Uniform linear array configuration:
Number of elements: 48
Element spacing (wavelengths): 0.5
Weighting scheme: kaiser
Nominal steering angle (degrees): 15
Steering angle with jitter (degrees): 16.42
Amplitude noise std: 0.05
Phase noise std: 0.05

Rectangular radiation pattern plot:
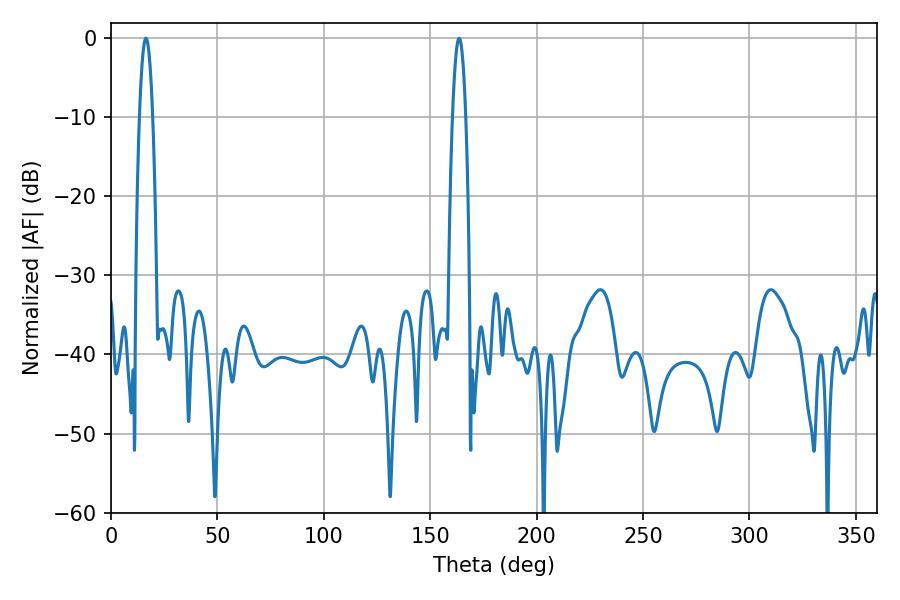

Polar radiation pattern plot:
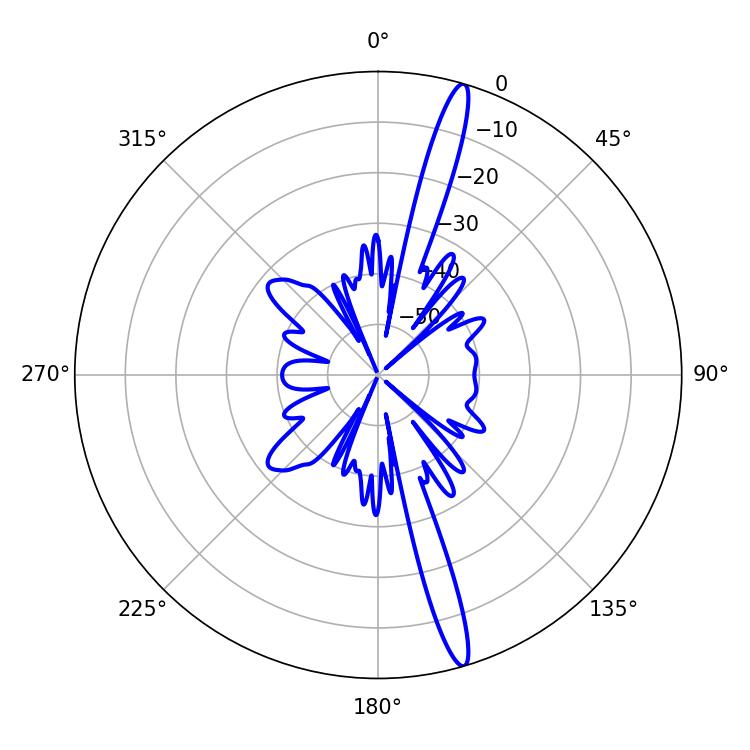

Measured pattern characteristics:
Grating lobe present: FALSE
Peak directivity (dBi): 17.362
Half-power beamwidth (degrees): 3.42
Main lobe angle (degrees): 16.38